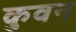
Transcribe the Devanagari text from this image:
कुवन